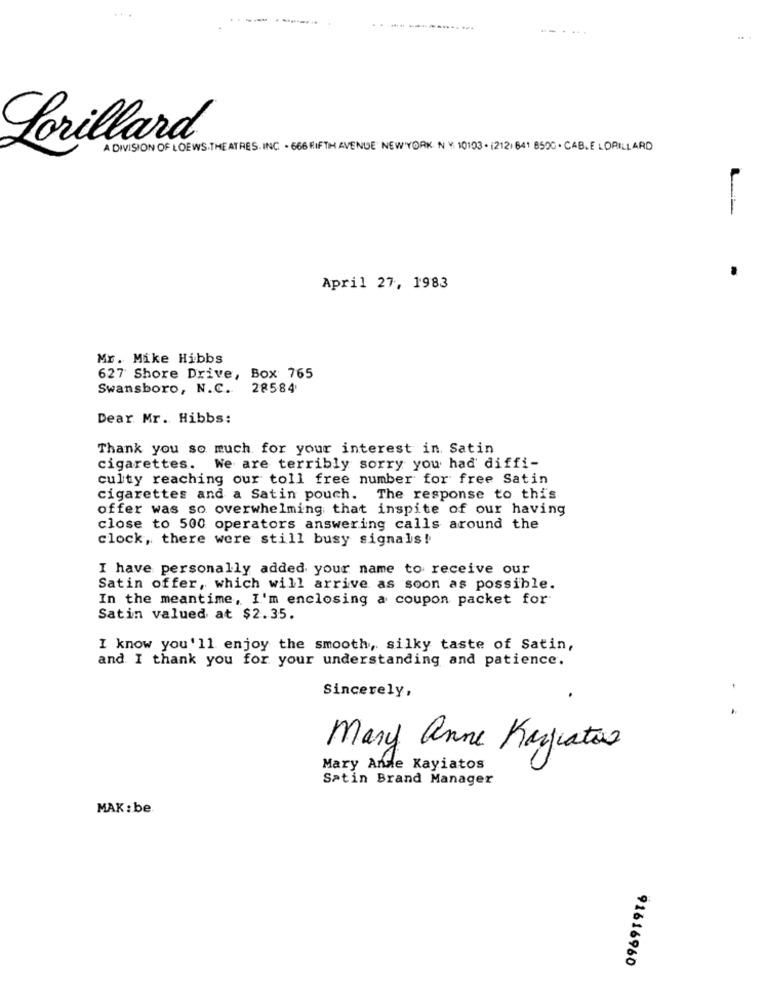
Lorillard
A DIVISION OF LOEWS.THE ATRES. INC . 666 FIFTH AVENUE NEW YORK N º 10103 . 12121841 850C . CABLE LORILLARD
April 27, 1983
Mr. Mike Hibbs
627 Shore Drive, Box 765
Swansboro, N.C. 28584
Dear Mr. Hibbs:
Thank you so much for your interest in Satin
cigarettes. We are terribly sorry you had diffi-
culty reaching our toll free number for free Satin
cigarettes and a Satin pouch. The response to this
offer was so overwhelming that inspite of our having
close to 500 operators answering calls around the
clock, there were still busy signals!
I have personally added your name to receive our
Satin offer, which will arrive as soon as possible.
In the meantime, I'm enclosing a coupon packet for
Satin valued at $2.35.
I know you'll enjoy the smooth, silky taste of Satin,
and I thank you for your understanding and patience.
Sincerely,
..
Mary anne Kayatoo
Mary Ande Kayiatos
Satin Brand Manager
MAK: be
91616960